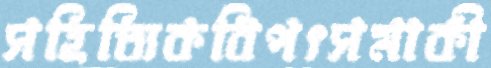
সহিত্যিকবিপৎসমাকী